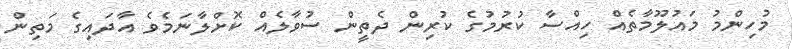
މުހިންމު މައުލޫމާތެއް ހިއްސާ ކުރުމުގެ ކުރިން ދެތީން ސުވާލެއް ކޮށްލާނަމެވެ އާދައިގެ މަތިން